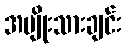
အမျိုးသားချင်း